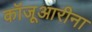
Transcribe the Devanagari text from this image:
कॉजूआरीना